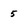
Character: 5